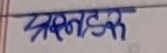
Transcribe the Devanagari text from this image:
वास्तविक